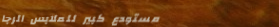
مستودع كبير للملابس الرجا